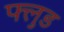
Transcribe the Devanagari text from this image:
फ्लुड